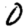
Digit: 0